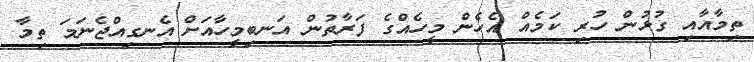
ތިމާއާއި ގުޅުން ހުރި ކަމެއް އެހެން މީހެއްގެ ފަރާތުން އަނބިމީހާއަށް އެނގިއްޖެނަމަ ތިމާ